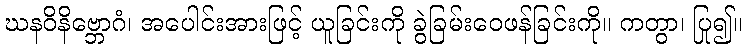
ဃနဝိနိဗ္ဘောဂံ၊ အပေါင်းအားဖြင့် ယူခြင်းကို ခွဲခြမ်းဝေဖန်ခြင်းကို။ ကတွာ၊ ပြု၍။